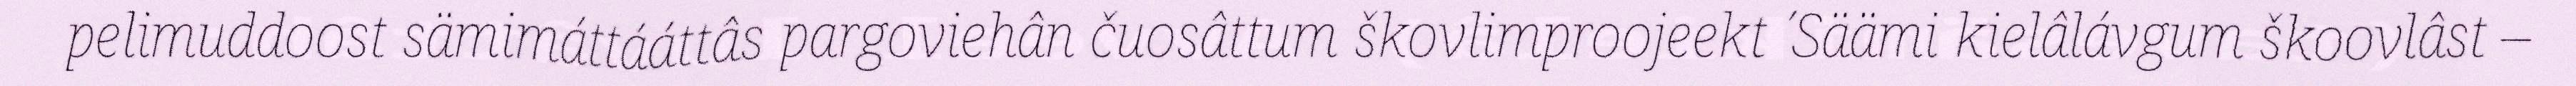
pelimuddoost sämimáttááttâs pargoviehân čuosâttum škovlimproojeekt ´Säämi kielâlávgum škoovlâst –